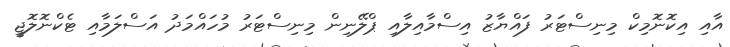
އާއި އިކޮނޮމިކް މިނިސްޓަރު ފައްޔާޒު އިސްމާއިލާއި ޕްލޭނިން މިނިސްޓަރު މުހައްމަދު އަސްލަމާއި ޓެކްނޮލޮޖީ